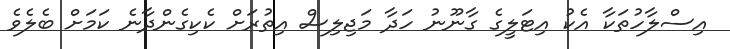
އިސްލާހުތަކާ އެކު އިޓަލީގެ ގާނޫނު ހަދާ މަޖިލިސް އިތުރަށް ކެކިގެންދާނެ ކަމަށް ބެލެވެ